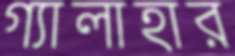
গ্যালাহার